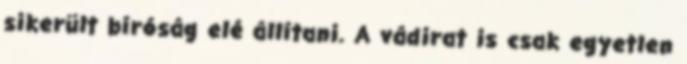
sikerült bíróság elé állítani. A vádirat is csak egyetlen